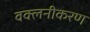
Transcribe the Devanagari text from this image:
वक्लनीकरण